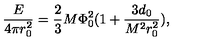
\frac { E } { 4 \pi r _ { 0 } ^ { 2 } } = \frac { 2 } { 3 } M \Phi _ { 0 } ^ { 2 } ( 1 + \frac { 3 d _ { 0 } } { M ^ { 2 } r _ { 0 } ^ { 2 } } ) ,